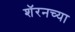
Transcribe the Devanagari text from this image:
शॅरनच्या